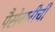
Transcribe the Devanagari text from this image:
पैसेवारीची